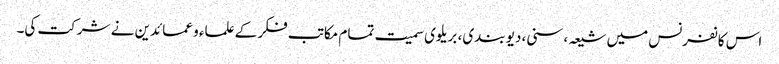
اس کانفرنس میں شیعہ، سنی، دیو بندی، بریلوی سمیت تمام مکاتب فکر کے علماء و عمائدین نے شرکت کی۔